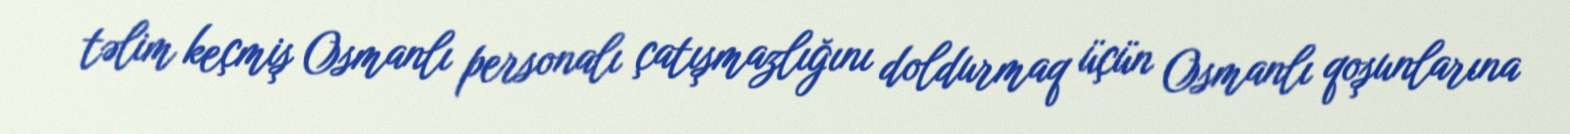
təlim keçmiş Osmanlı personalı çatışmazlığını doldurmaq üçün Osmanlı qoşunlarına